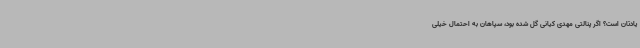
یادتان است؟ اگر پنالتی مهدی کیانی گل شده بود، سپاهان به احتمال خیلی